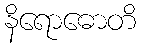
နိရောဓောတိ